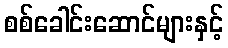
စစ်ခေါင်းဆောင်များနှင့်